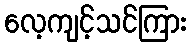
လေ့ကျင့်သင်ကြား